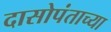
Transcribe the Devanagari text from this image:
दासोपंताच्या